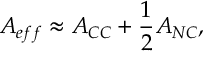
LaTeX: A _ { e f f } \approx A _ { C C } + \frac { 1 } { 2 } A _ { N C } ,